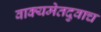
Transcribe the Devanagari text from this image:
वाक्यमेतदुवाच